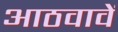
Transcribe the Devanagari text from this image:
आठवावें